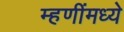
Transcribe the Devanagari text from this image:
म्हणींमध्ये